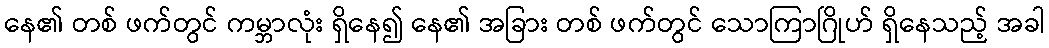
နေ၏ တစ် ဖက်တွင် ကမ္ဘာလုံး ရှိနေ၍ နေ၏ အခြား တစ် ဖက်တွင် သောကြာဂြိုဟ် ရှိနေသည့် အခါ